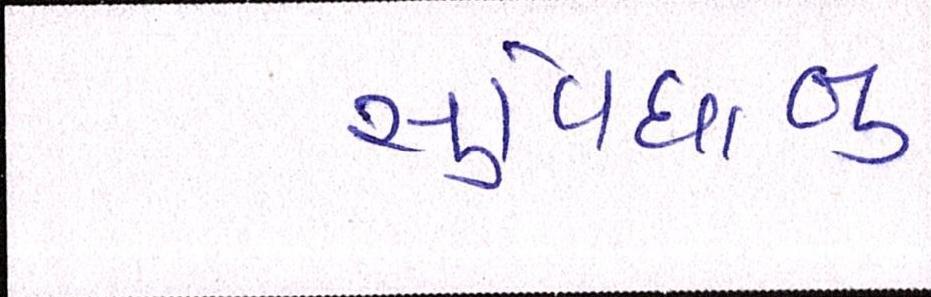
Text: સુવિધાનુ